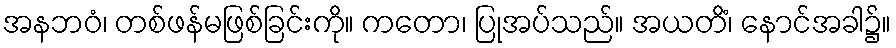
အနဘဝံ၊ တစ်ဖန်မဖြစ်ခြင်းကို။ ကတော၊ ပြုအပ်သည်။ အယတိံ၊ နောင်အခါ၌။